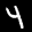
Label: 4